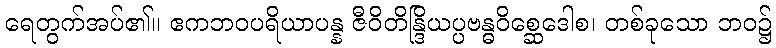
ရေတွက်အပ်၏။ ဧကဘဝပရိယာပန္န ဇီဝိတိန္ဒြိယပ္ပဗန္ဓဝိစ္ဆေဒေါစ၊ တစ်ခုသော ဘဝ၌